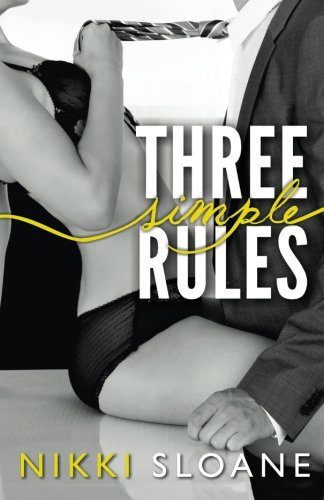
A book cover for Three Simple Rules; Nikki Sloane; Romance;